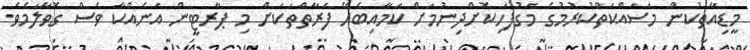
މީޑިއާތަކުން މަސައްކަތްކުރުމުގެ މަގުފަހިކޮށްދިނުމަށް ކަމާއިބެހޭ ފަރާތްތަކަށް މި ޕާރޓީން އަނެއްކާ ވެސް ގޮވާލަމެވެ.